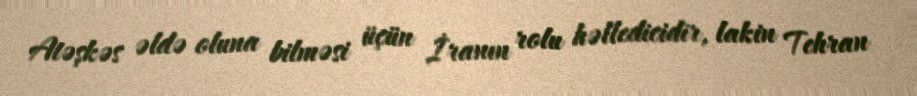
Atəşkəs əldə oluna bilməsi üçün İranın rolu həlledicidir, lakin Tehran